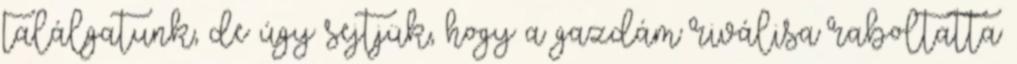
találgatunk, de úgy sejtjük, hogy a gazdám riválisa raboltatta